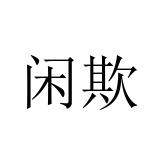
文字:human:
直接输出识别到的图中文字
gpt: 闲欺